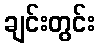
ချင်းတွင်း